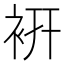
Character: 𧙧